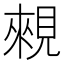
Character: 䚅